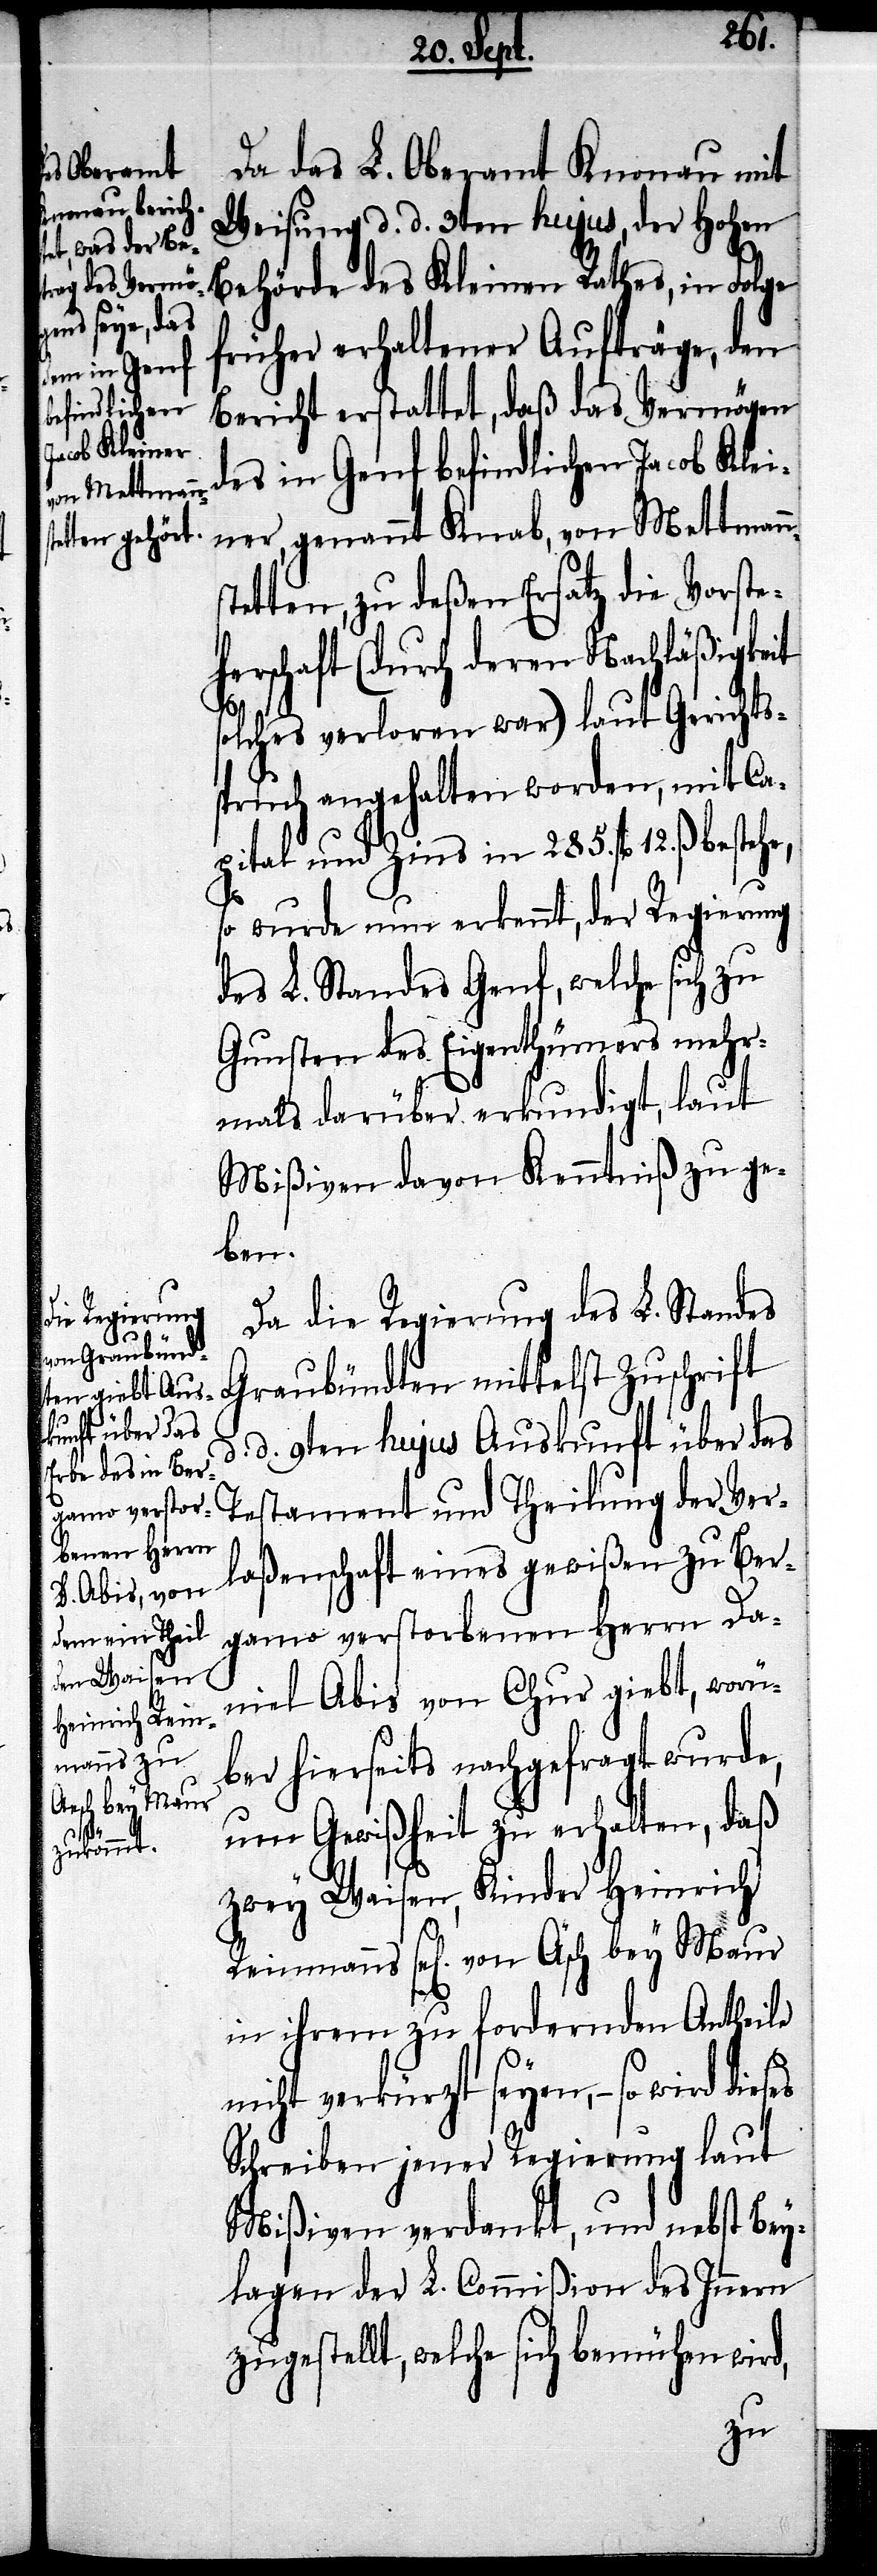
maus
Aesch bey Maur

Da das L. Oberamt Knonau mit
Weisung d. d. 3ten hujus, der hohen
Behörde des Kleinen Rathes, in Folge
früher erhaltener Aufträge, den
Bericht erstattet, daß das Vermögen
des in Genf befindlichen Jacob Klei¬
ner, genannt Knab, von Mettman¬
tetten, zu deßen Ersatz die Vorste¬
herschaft (durch deren Nachläßigkeit
solches verloren war) laut Gerichts¬
spruch angehalten worden, mit Ca¬
pital und Zins in 285. fl. 12. ß. bestehe,
so wurde nun erkennt, der Regierung
des L. Standes Genf, welche sich zu
Gunsten des Eigenthümers mehr¬
mals darüber erkundigt, laut
Mißiven davon Kenntniß zu ge¬
ben.
Da die Regierung des L. Standes
Graubündten mittelst Zuschrift
d. 9ten hujus Auskunft über das
tament und Theilung der Ver¬
Rein¬
ßenschaft eines gewißen zu Ber¬
gamo verstorbenen Herrn Da¬
niel Abis von Chur giebt, worü¬
ber hierseits nachgefragt wurde,
um Gewißheit zu erhalten, daß
zwey Waisen, Kinder Heinrich
in ihrem zu fordernden Antheile
nicht verkürzt seyen, – so wird dieses
Schreiben jener Regierung laut
Mißiven verdankt, und nebst Bey¬
lagen der L. Commißion des Innern
zugestellt, welche sich bemühen wird,